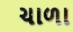
ચાળા